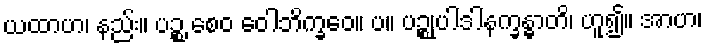
ယထာဟ၊ နည်း။ ပဉ္စ စေဝ ဝေါဘိက္ခဝေ။ ပ။ ပဉ္စုပါဒါနက္ခန္ဓာတိ၊ ဟူ၍။ အာဟ၊